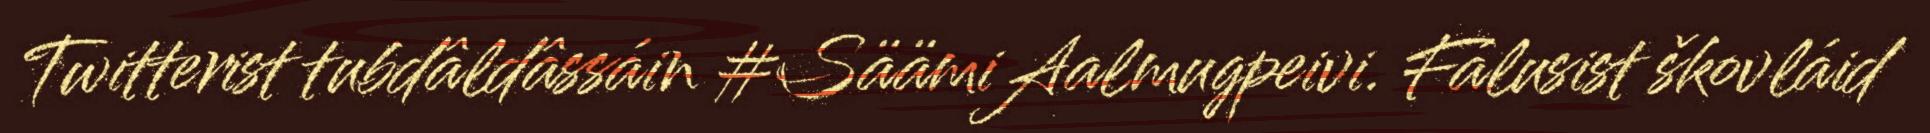
Twitterist tubdâldâssáin #SäämiAalmugpeivi. Fálusist škovláid